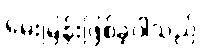
မေးမြန်းဖြစ်ခဲ့ပါသည်